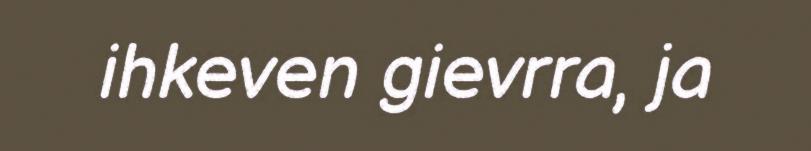
ihkeven gievrra, ja